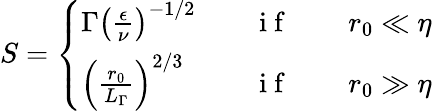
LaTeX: S=\left\{ \begin{array}{ll}{\Gamma\left(\frac{\epsilon}{\nu}\right)^{-1/2}}&{\quad\mathrm{~i~f~}\qquad r_{0}\ll\eta}\\ {\left(\frac{r_{0}}{L_{\Gamma}}\right)^{2/3}}&{\quad\mathrm{~i~f~}\qquad r_{0}\gg\eta}\end{array}\right.